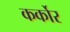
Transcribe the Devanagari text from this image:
कर्कोर